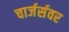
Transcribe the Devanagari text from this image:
चार्जर्सवर